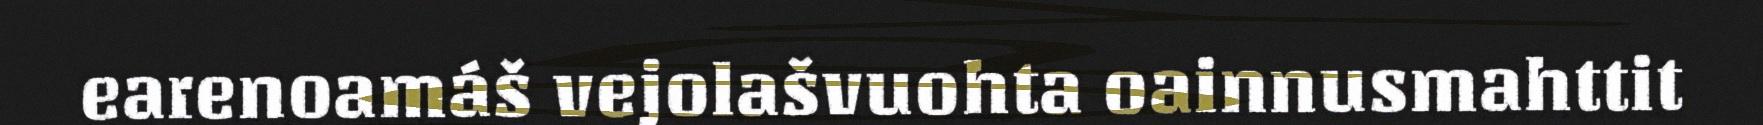
earenoamáš vejolašvuohta oainnusmahttit